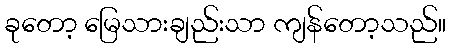
ခုတော့ မြေသားချည်းသာ ကျန်တော့သည်။